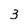
Character: 3